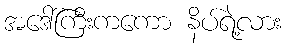
အဒေါ်ကြီးကကော နိပ်ရဲ့လား